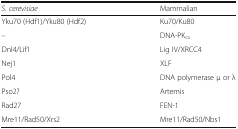
| S. cerevisiae | Mammalian |
 | --- | --- |
 | Yku70 (Hdf1)/Yku80 (Hdf2) | Ku70/Ku80 |
 | – | DNA-PKcs |
 | Dnl4/Lif1 | Lig IV/XRCC4 |
 | Nej1 | XLF |
 | Pol4 | DNA polymerase μ or λ |
 | Pso2? | Artemis |
 | Rad27 | FEN-1 |
 | Mre11/Rad50/Xrs2 | Mre11/Rad50/Nbs1 |